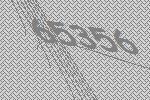
65356